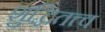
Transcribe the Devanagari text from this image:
शुद्धितत्त्व